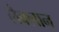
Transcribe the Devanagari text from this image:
लैक्लान